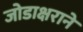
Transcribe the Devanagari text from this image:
जोडाक्षराने